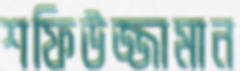
শফিউজ্জামান